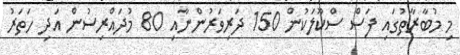
މި މުބާރާތުގައި ފަސް ސްކޫލަކުން 150 ދަރިވަރުންނާއި 80 މުދައްރިސުން އަދި ހަތަރު